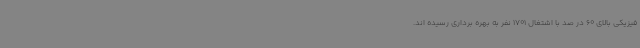
فیزیکی بالای 60 در صد با اشتغال 1701 نفر به بهره برداری رسیده اند.